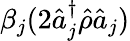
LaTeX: \beta_{j}(2\hat{a}_{j}^{\dagger}\hat{\rho}\hat{a}_{j})